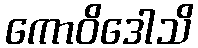
ကောဝိဒေါသိ